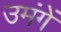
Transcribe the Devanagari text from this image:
उमंगें